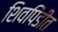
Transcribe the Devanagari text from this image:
शिवपिंडीत